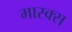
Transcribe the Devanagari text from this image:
मास्क्स